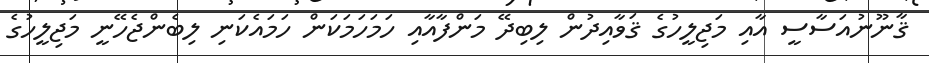
ޤާނޫނުއަސާސީ އާއި މަޖިލީހުގެ ޤަވާއިދުން ލިބިދޭ މަންފާއާއި ހަމަހަމަކަން ހަމައެކަނި ލިބެންޖެހޭނީ މަޖިލީހުގެ